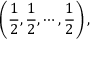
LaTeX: \left( \frac 1 2 , \frac 1 2 , \cdots , \frac 1 2 \right) ,